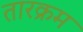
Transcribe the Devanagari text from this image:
तारक्रम